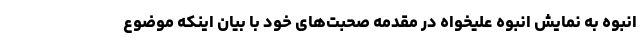
انبوه به نمایش انبوه علیخواه در مقدمه صحبت‌های خود با بیان اینکه موضوع